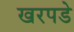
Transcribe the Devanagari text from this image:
खरपडे